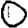
Digit: 0